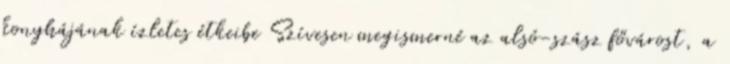
konyhájának ízletes étkeibe Szívesen megismerné az alsó-szász fővárost, a